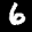
Label: 6